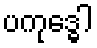
ပကုဒ္ဓေါ